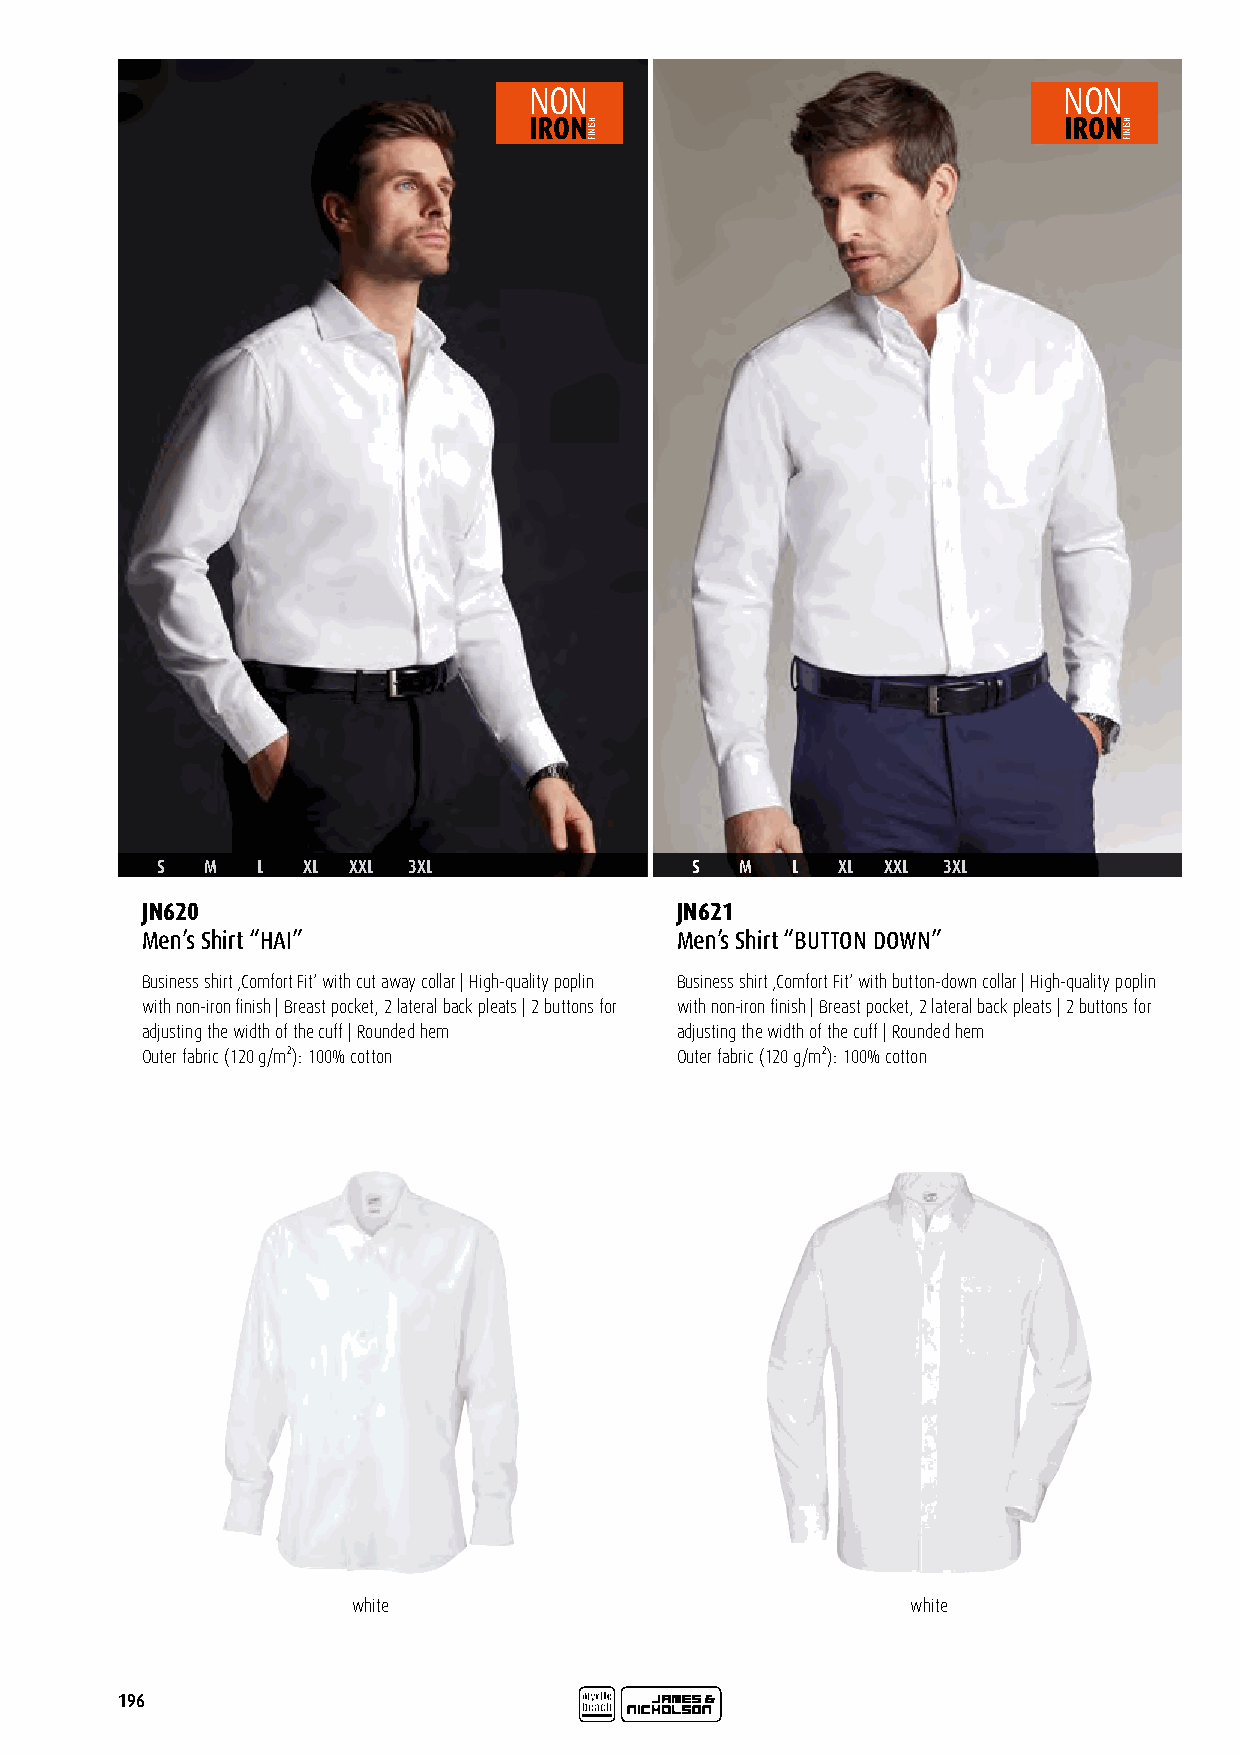
NON                                NON
 IRON                               IRON
 S   M  L  XL XXL 3XL                S  M  L  XL  XXL 3XL
 JN620                               JN621
 Men’s Shirt “HAI”                   Men’s Shirt “BUTTON DOWN”
 Business shirt ‚Comfort Fit‘ with cut away collar | High-quality poplin Business shirt ‚Comfort Fit‘ with button-down collar | High-quality poplin
 with non-iron finish | Breast pocket, 2 lateral back pleats | 2 buttons for with non-iron finish | Breast pocket, 2 lateral back pleats | 2 buttons for
 adjusting the width of the cuff | Rounded hem adjusting the width of the cuff | Rounded hem
 Outer fabric (120 g/m²): 100% cotton Outer fabric (120 g/m²): 100% cotton
 white                                white
 196
 HSINIF                             HSINIF